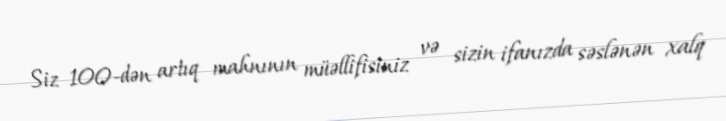
Siz 100-dən artıq mahnının müəllifisiniz və sizin ifanızda səslənən xalq